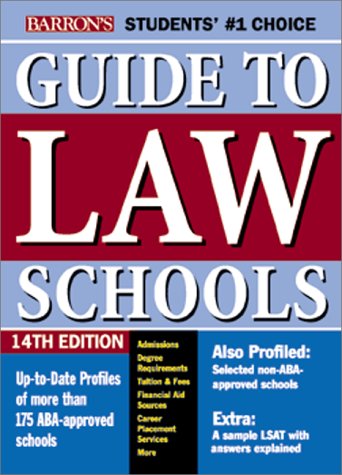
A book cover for Barron's Guide to Law Schools; Barrons Educational Series; Education & Teaching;